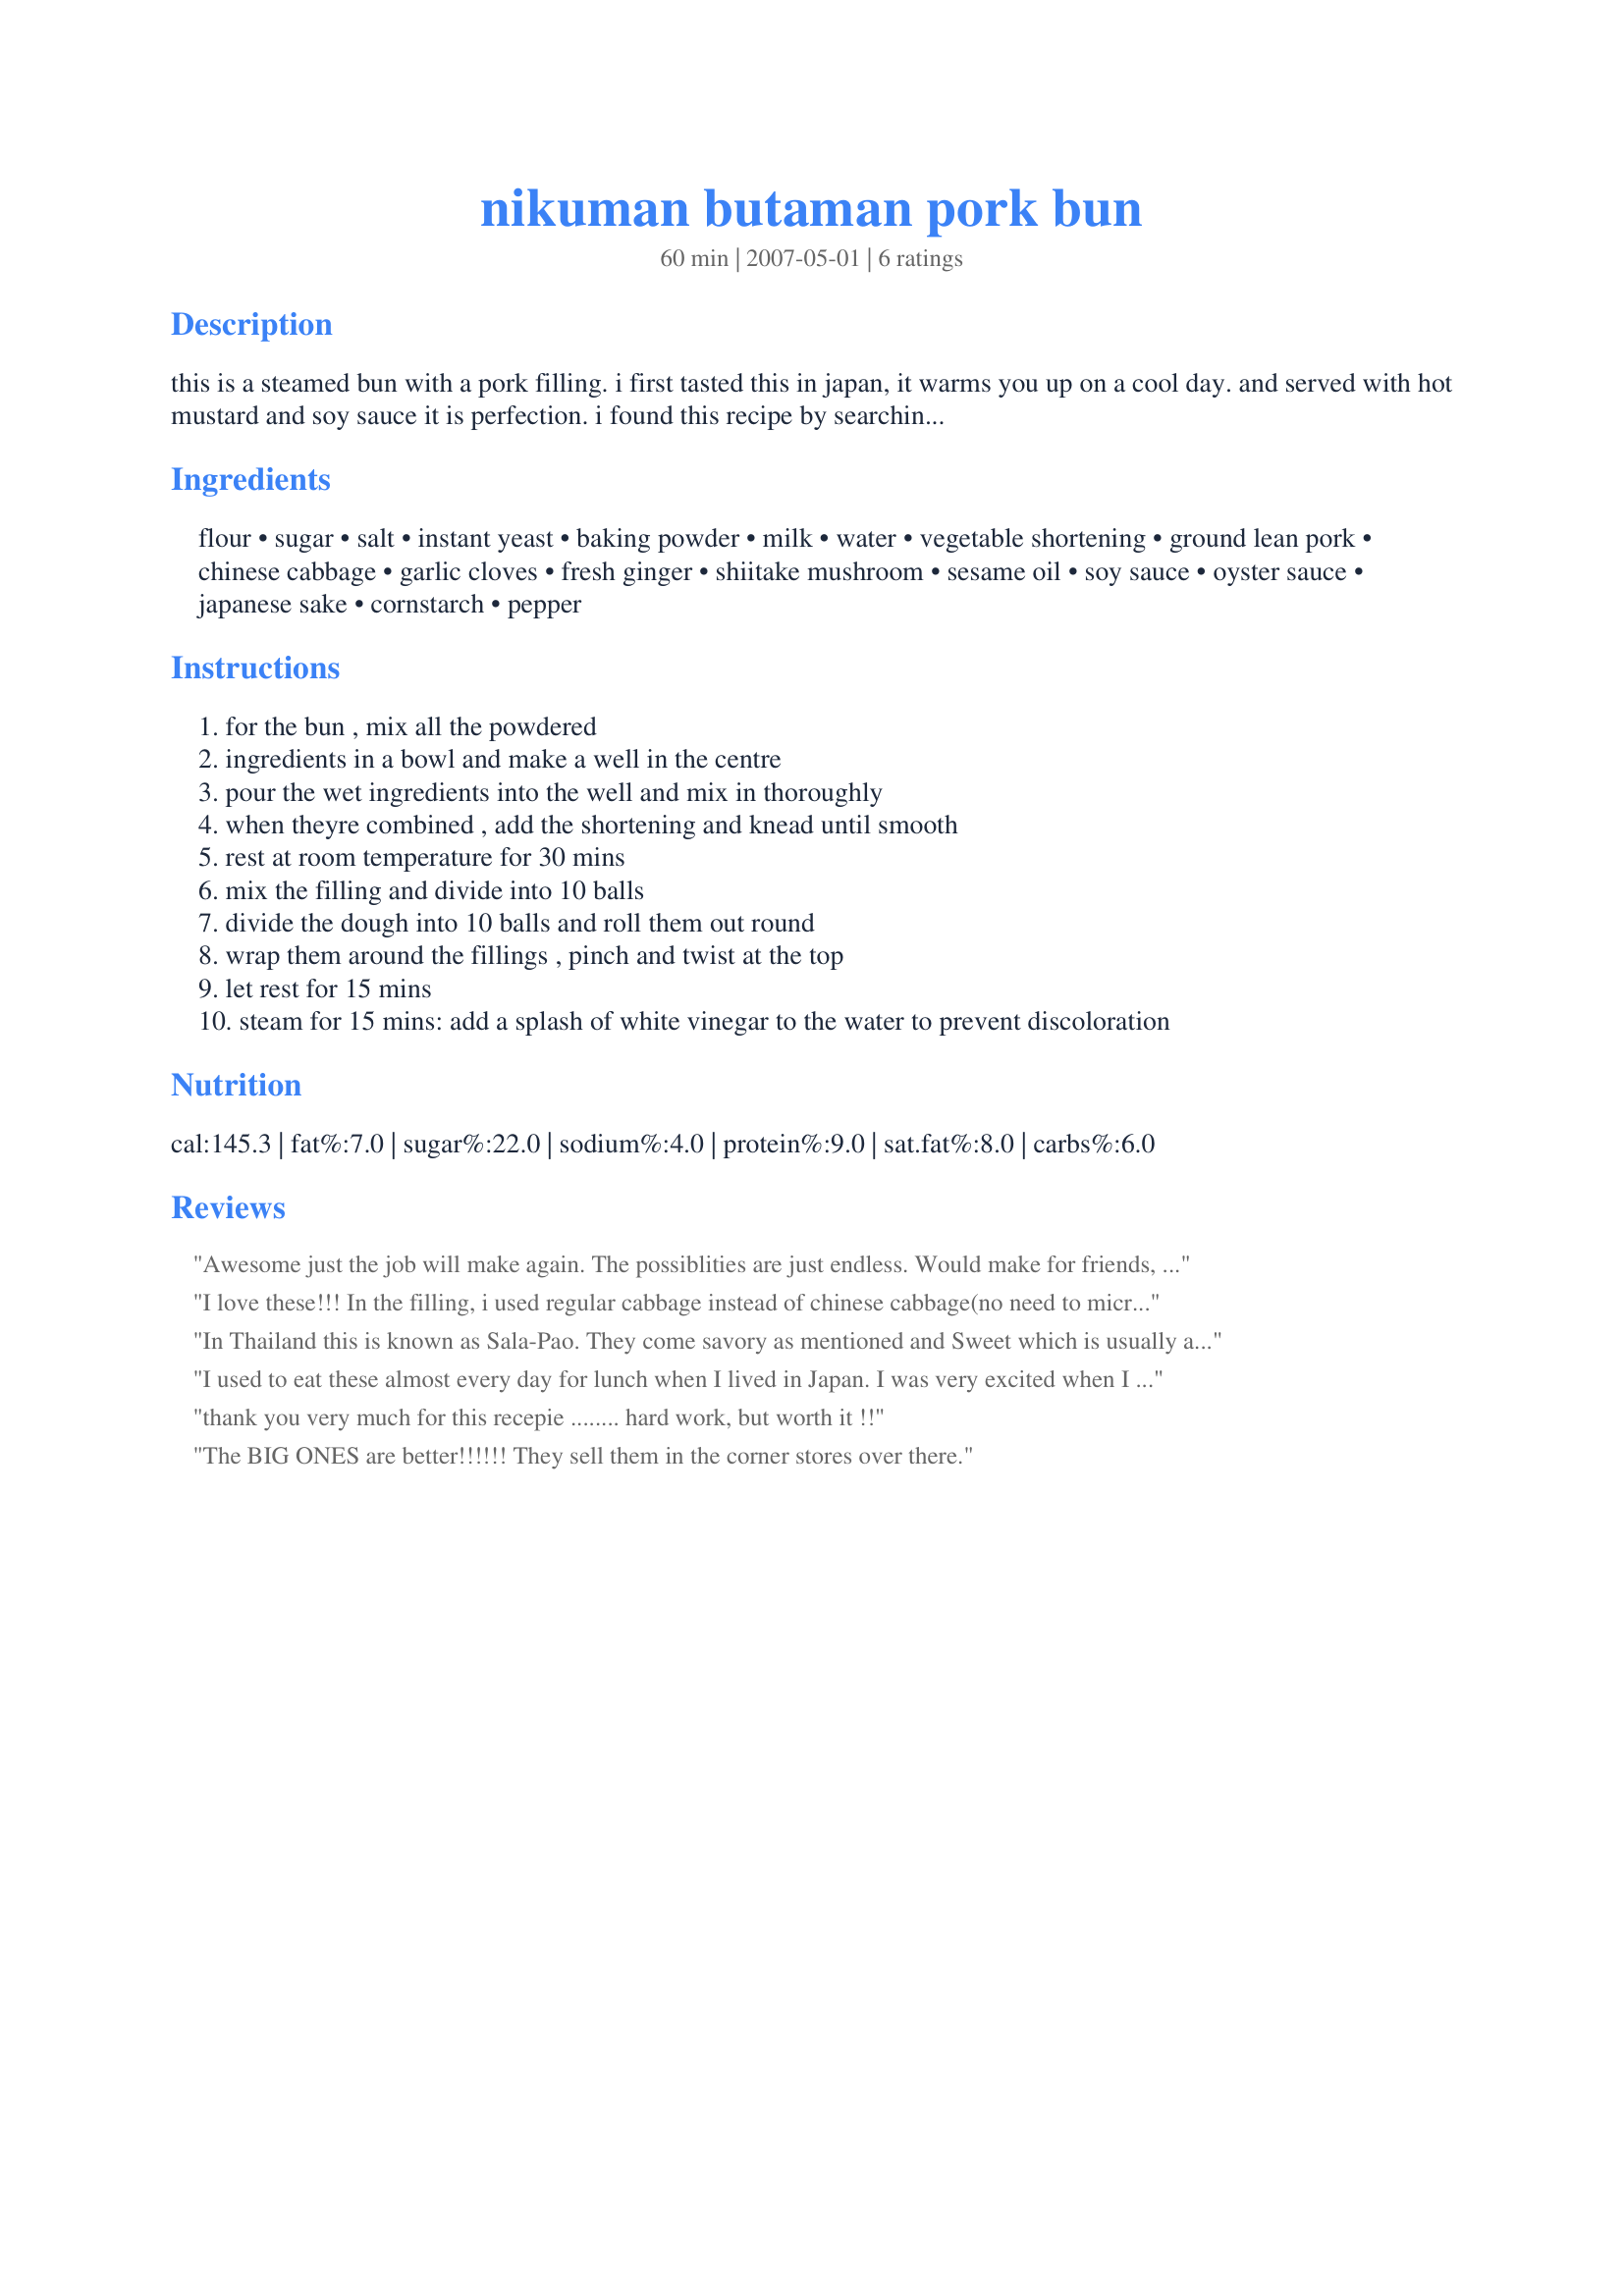
nikuman butaman pork bun
Preparation time: 60 minutes

this is a steamed bun with a pork filling. i first tasted this in japan, it warms you up on a cool day. and served with hot mustard and soy sauce it is perfection. i found this recipe by searching on the internet.

Ingredients:
flour, sugar, salt, instant yeast, baking powder, milk, water, vegetable shortening, ground lean pork, chinese cabbage, garlic cloves, fresh ginger, shiitake mushroom, sesame oil, soy sauce, oyster sauce, japanese sake, cornstarch, pepper

Steps:
for the bun , mix all the powdered
ingredients in a bowl and make a well in the centre
pour the wet ingredients into the well and mix in thoroughly
when theyre combined , add the shortening and knead until smooth
rest at room temperature for 30 mins
mix the filling and divide into 10 balls
divide the dough into 10 balls and roll them out round
wrap them around the fillings , pinch and twist at the top
let rest for 15 mins
steam for 15 mins: add a splash of white vinegar to the water to prevent discoloration

Reviews:
Awesome just the job will make again. The possiblities are just endless. Would make for friends, thank you
I love these!!! In the filling, i used regular cabbage instead of chinese cabbage(no need to microwave)and minced bamboo shoots. They came out wonderful!!! you can also fill these buns with "Tubushi an" recipe(#108780) instead of meat filling for sweet tooth.
In Thailand this is known as Sala-Pao. They come savory as mentioned and Sweet which is usually a mixture of salted peanuts, coconut and moistened with a little sweetened condensed milk. <br/>These buns are sold all over the country on the streets and at celebrations off protable carts for 1 baht each or $.05.<br/>I was in a Korean market and they had them frozen. 6 per package for $8.95 (sigh).<br/>Nice to be able to make your own...Sawa-di-caup...Chef Jim
I used to eat these almost every day for lunch when I lived in Japan. I was very excited when I found this recipe. I've made them twice so far and they are glorious. I have had a little trouble making the filling dry enough to not basically melt through the bun before I get it in the steamer. Also, I use less ginger and cabbage than what's recommended here. I really love them with spicy mustard.
thank you very much for this recepie ........ hard work, but worth it !!
The BIG ONES are better!!!!!!

They sell them in the corner stores over there.
